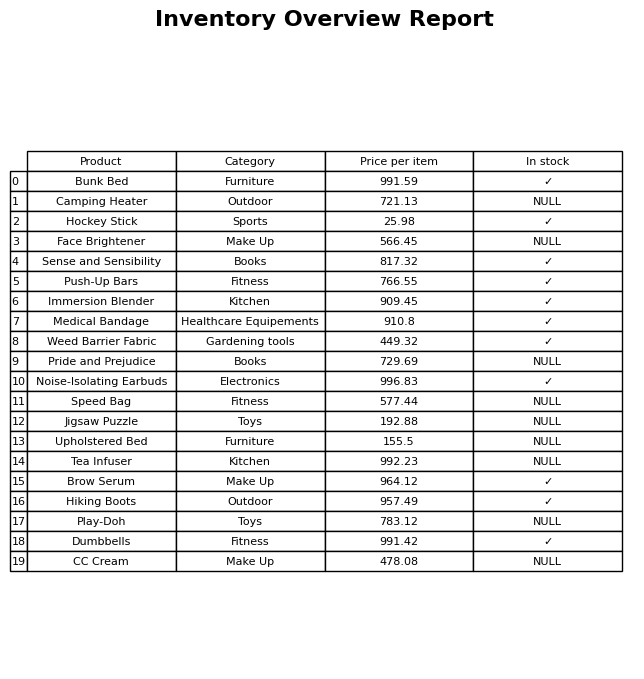
question: What is the price of the Pride and Prejudice?
answer: The price of Pride and Prejudice is 729.69.